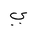
Letter: _ya